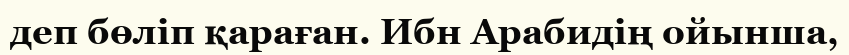
деп бөліп қараған. Ибн Арабидің ойынша,